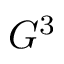
G ^ { 3 }